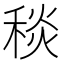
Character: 𥟢